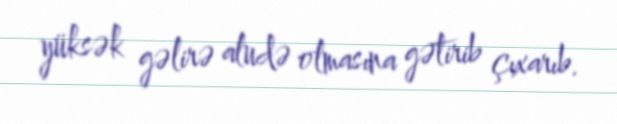
yüksək gəlirə aludə olmasına gətirib çıxarıb.